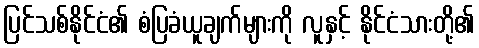
ပြင်သစ်နိုင်ငံ၏ စံပြခံယူချက်များကို လူနှင့် နိုင်ငံသားတို့၏